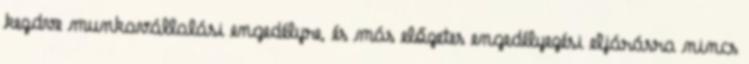
kezdve munkavállalási engedélyre, és más előzetes engedélyezési eljárásra nincs